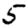
Digit: 5